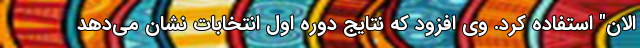
الان" استفاده کرد. وی افزود که نتایج دوره اول انتخابات نشان می‌دهد